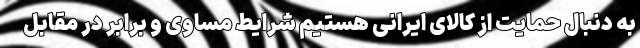
به دنبال حمایت از کالای ایرانی هستیم شرایط مساوی و برابر در مقابل